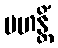
မဟန္တိံ